Punjab Mental Hospital Lahore 1932-46 - 1932-1946
Year: 1932
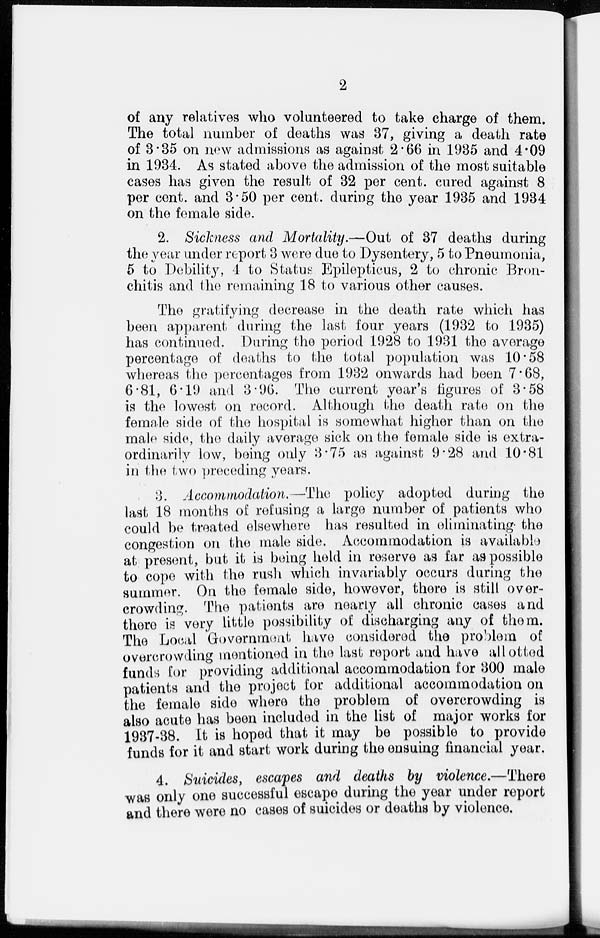
2
of any relatives who volunteered to take charge of them.
The total number of deaths was 37, giving a death rate
of 3.35 on new admissions as against 2.66 in 1935 and 4.09
in 1934. As stated above the admission of the most suitable
cases has given the result of 32 per cent. cured against 8
per cent. and 3.50 per cent. during the year 1935 and 1934
on the female side.
2. Sickness and Mortality.—Out of 37 deaths during
the year under report 3 were due to Dysentery, 5 to Pneumonia,
5 to Debility, 4 to Status Epilepticus, 2 to chronic Bron-
chitis and the remaining 18 to various other causes.
The gratifying decrease in the death rate which has
been apparent during the last four years (1932 to 1935)
has continued. During the period 1928 to 1931 the average
percentage of deaths to the total population was 10.58
whereas the percentages from 1932 onwards had been 7.68,
6.81, 6.19 and 3.96. The current year's figures of 3.58
is the lowest on record. Although the death rate on the
female side of the hospital is somewhat higher than on the
male side, the daily average sick on the female side is extra-
ordinarily low, being only 3.75 as against 9.28 and 10.81
in the two preceding years.
3. Accommodation. — The policy adopted during the
last 18 months of refusing a large number of patients who
could be treated elsewhere has resulted in eliminating the
congestion on the male side. Accommodation is available
at present, but it is being held in reserve as far as possible
to cope with the rush which invariably occurs during the
summer. On the female side, however, there is still over
crowding. The patients are nearly all chronic cases and
there is very little possibility of discharging any of them.
The Local Government have considered the problem of
overcrowding mentioned in the last report and have allotted
funds for providing additional accommodation for 300 male
patients and the project for additional accommodation on
the female side where the problem of overcrowding is
also acute has been included in the list of major works for
1937-38. It is hoped that it may be possible to provide
funds for it and start work during the ensuing financial year.
4. Suicides, escapes and deaths by violence.—There
was only one successful escape during the year under report
and there were no cases of suicides or deaths by violence.